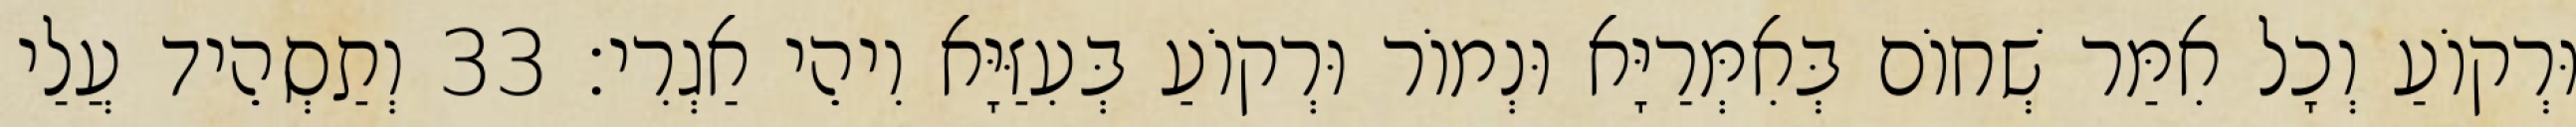
וּרְקוֹעַ וְכָל אִמַּר שְׁחוֹם בְּאִמְּרַיָּא וּנְמוֹר וּרְקוֹעַ בְּעִזַּיָּא וִיהֵי אַגְרִי׃ 33 וְתַסְהֵיד עֲלַי